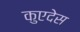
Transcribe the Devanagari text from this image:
कुएदेस